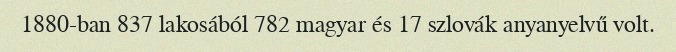
1880-ban 837 lakosából 782 magyar és 17 szlovák anyanyelvű volt.